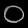
Digit: ၀